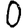
Digit: 0